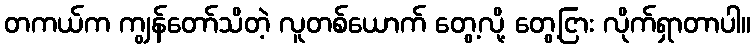
တကယ်က ကျွန်တော်သိတဲ့ လူတစ်ယောက် တွေ့လို့ တွေ့ငြား လိုက်ရှာတာပါ။